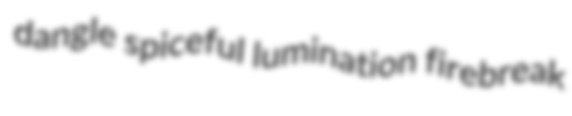
dangle spiceful lumination firebreak